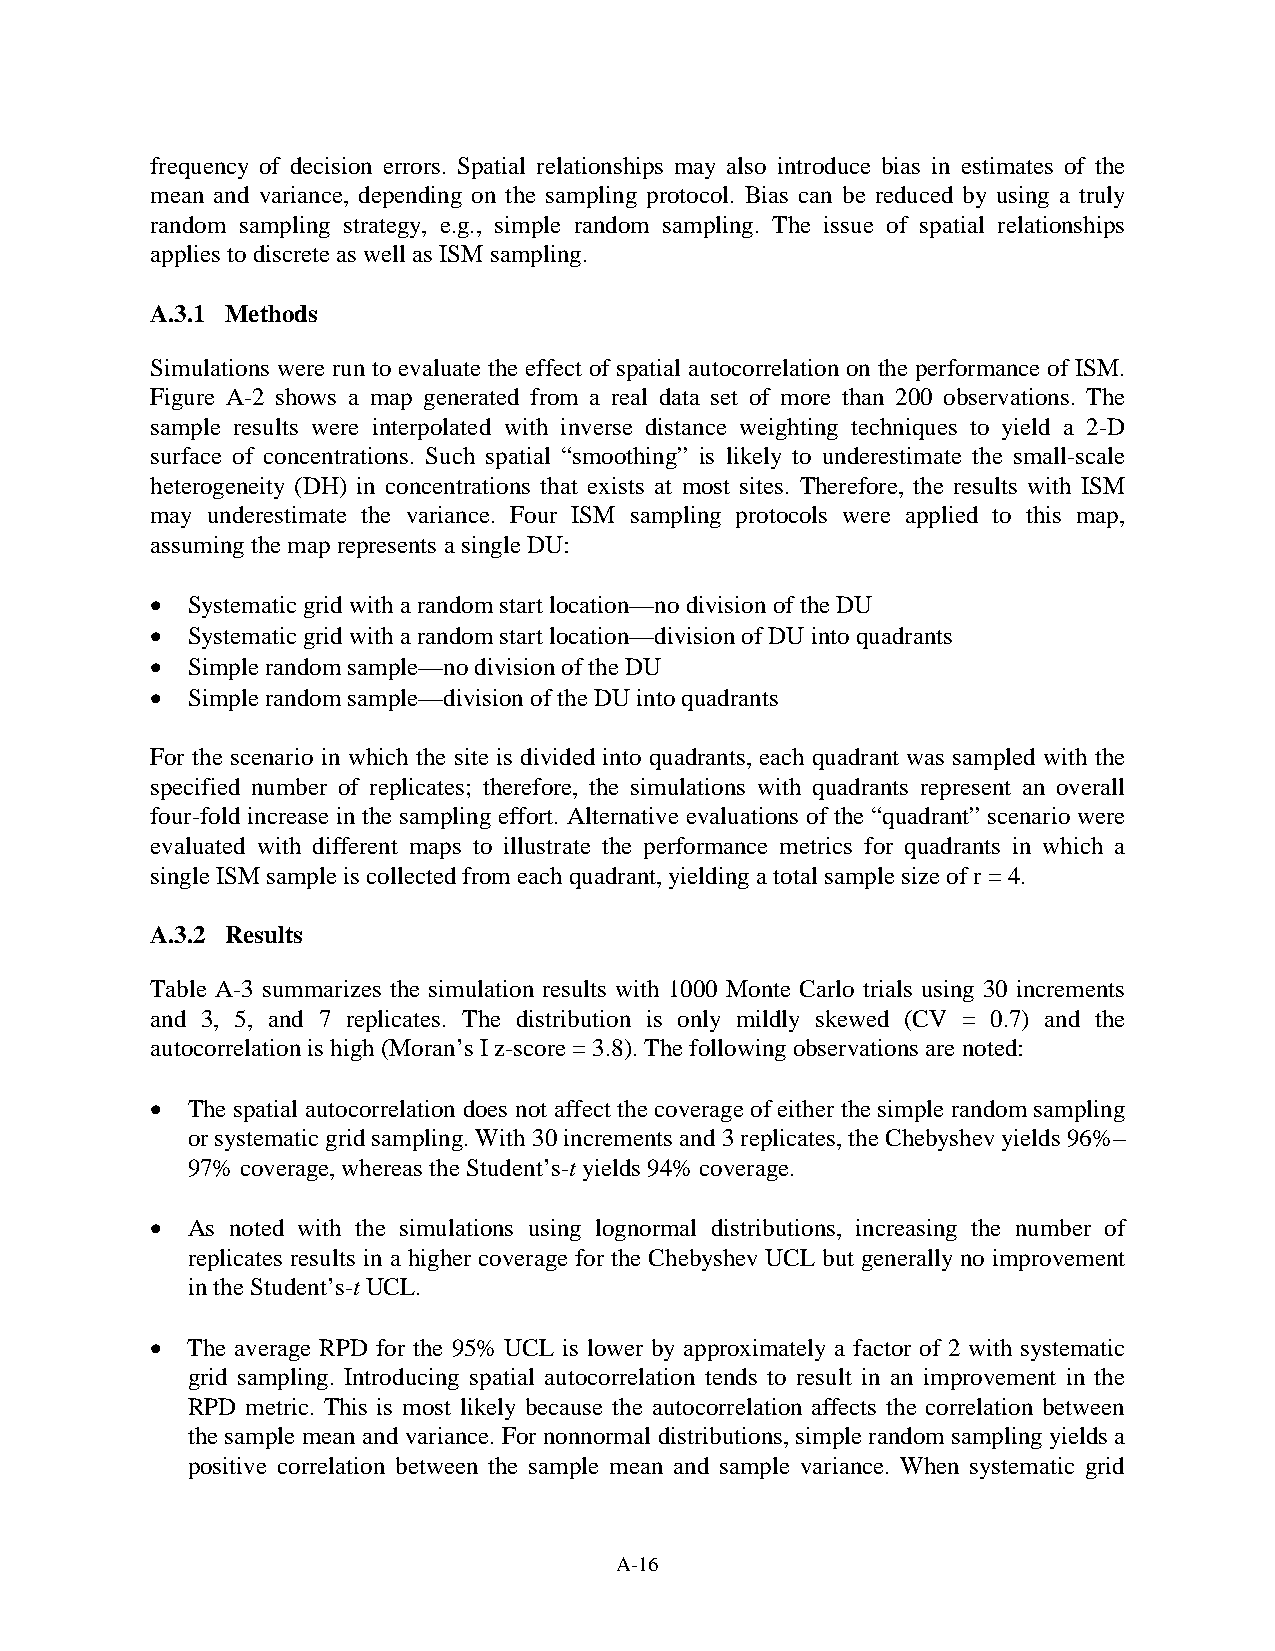
frequency of decision errors. Spatial relationships may also introduce bias in estimates of the
 mean and variance, depending on the sampling protocol. Bias can be reduced by using a truly
 random sampling strategy, e.g., simple random sampling. The issue of spatial relationships
 applies to discrete as well as ISM sampling.
 A.3.1 Methods
 Simulations were run to evaluate the effect of spatial autocorrelation on the performance of ISM.
 Figure A-2 shows a map generated from a real data set of more than 200 observations. The
 sample results were interpolated with inverse distance weighting techniques to yield a 2-D
 surface of concentrations. Such spatial “smoothing” is likely to underestimate the small-scale
 heterogeneity (DH) in concentrations that exists at most sites. Therefore, the results with ISM
 may underestimate the variance. Four ISM sampling protocols were applied to this map,
 assuming the map represents a single DU:
 • Systematic grid with a random start location—no division of the DU
 • Systematic grid with a random start location—division of DU into quadrants
 • Simple random sample—no division of the DU
 • Simple random sample—division of the DU into quadrants
 For the scenario in which the site is divided into quadrants, each quadrant was sampled with the
 specified number of replicates; therefore, the simulations with quadrants represent an overall
 four-fold increase in the sampling effort. Alternative evaluations of the “quadrant” scenario were
 evaluated with different maps to illustrate the performance metrics for quadrants in which a
 single ISM sample is collected from each quadrant, yielding a total sample size of r = 4.
 A.3.2 Results
 Table A-3 summarizes the simulation results with 1000 Monte Carlo trials using 30 increments
 and 3, 5, and 7 replicates. The distribution is only mildly skewed (CV = 0.7) and the
 autocorrelation is high (Moran’s I z-score = 3.8). The following observations are noted:
 • The spatial autocorrelation does not affect the coverage of either the simple random sampling
 or systematic grid sampling. With 30 increments and 3 replicates, the Chebyshev yields 96%–
 97% coverage, whereas the Student’s-t yields 94% coverage.
 • As noted with the simulations using lognormal distributions, increasing the number of
 replicates results in a higher coverage for the Chebyshev UCL but generally no improvement
 in the Student’s-t UCL.
 • The average RPD for the 95% UCL is lower by approximately a factor of 2 with systematic
 grid sampling. Introducing spatial autocorrelation tends to result in an improvement in the
 RPD metric. This is most likely because the autocorrelation affects the correlation between
 the sample mean and variance. For nonnormal distributions, simple random sampling yields a
 positive correlation between the sample mean and sample variance. When systematic grid
 A-16